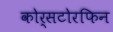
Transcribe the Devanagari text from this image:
कोर्सटोरफिन